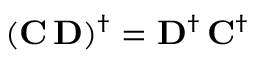
( { \bf C \, D } ) ^ { \dagger } = \mathbf { D } ^ { \dagger } \, \mathbf { C } ^ { \dagger }